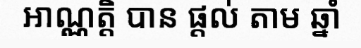
អាណ្ណត្តិ បាន ផ្តល់ តាម ឆ្នាំ